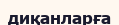
диқанларға